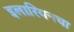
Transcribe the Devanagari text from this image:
इलारियनचा